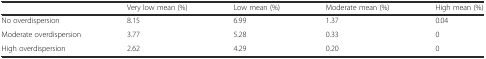
|  | Very low mean (%) | Low mean (%) | Moderate mean (%) | High mean (%) |
 | --- | --- | --- | --- | --- |
 | No overdispersion | 8.15 | 6.99 | 1.37 | 0.04 |
 | Moderate overdispersion | 3.77 | 5.28 | 0.33 | 0 |
 | High overdispersion | 2.62 | 4.29 | 0.20 | 0 |